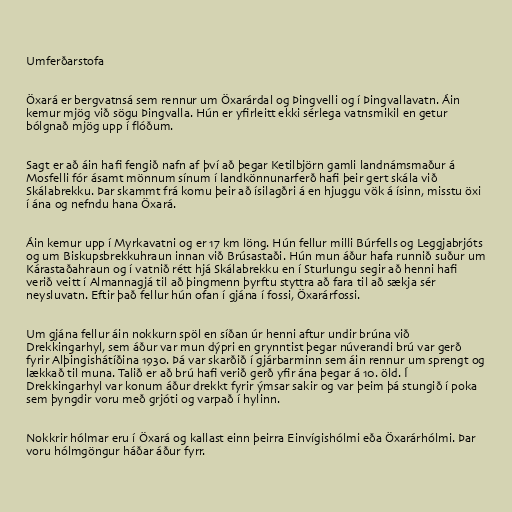
Umferðarstofa

Öxará er bergvatnsá sem rennur um Öxarárdal og Þingvelli og í Þingvallavatn. Áin
kemur mjög við sögu Þingvalla. Hún er yfirleitt ekki sérlega vatnsmikil en getur
bólgnað mjög upp í flóðum.

Sagt er að áin hafi fengið nafn af því að þegar Ketilbjörn gamli landnámsmaður á
Mosfelli fór ásamt mönnum sínum í landkönnunarferð hafi þeir gert skála við
Skálabrekku. Þar skammt frá komu þeir að ísilagðri á en hjuggu vök á ísinn, misstu öxi
í ána og nefndu hana Öxará.

Áin kemur upp í Myrkavatni og er 17 km löng. Hún fellur milli Búrfells og Leggjabrjóts
og um Biskupsbrekkuhraun innan við Brúsastaði. Hún mun áður hafa runnið suður um
Kárastaðahraun og í vatnið rétt hjá Skálabrekku en í Sturlungu segir að henni hafi
verið veitt í Almannagjá til að þingmenn þyrftu styttra að fara til að sækja sér
neysluvatn. Eftir það fellur hún ofan í gjána í fossi, Öxarárfossi.

Um gjána fellur áin nokkurn spöl en síðan úr henni aftur undir brúna við
Drekkingarhyl, sem áður var mun dýpri en grynntist þegar núverandi brú var gerð
fyrir Alþingishátíðina 1930. Þá var skarðið í gjárbarminn sem áin rennur um sprengt og
lækkað til muna. Talið er að brú hafi verið gerð yfir ána þegar á 10. öld. Í
Drekkingarhyl var konum áður drekkt fyrir ýmsar sakir og var þeim þá stungið í poka
sem þyngdir voru með grjóti og varpað í hylinn.

Nokkrir hólmar eru í Öxará og kallast einn þeirra Einvígishólmi eða Öxarárhólmi. Þar
voru hólmgöngur háðar áður fyrr.